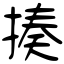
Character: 揍